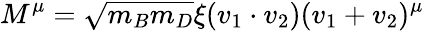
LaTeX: M^{\mu}=\sqrt{m_{B}m_{D}}\xi(v_{1}\cdot v_{2})(v_{1}+v_{2})^{\mu}